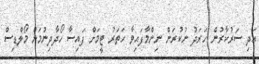
އަދި ސަރުކާރުން ހަރަދު ނުކުރަން ނިންމާފައިވާ ހަތަރު ޓީމަށް ފައިސާ ހޯދާދިނުމަށް މޯލްޑިސް